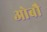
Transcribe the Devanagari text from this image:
ओबौ